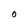
Character: t